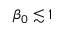
\beta _ { 0 } \lesssim 1